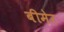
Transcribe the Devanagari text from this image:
बीमेर